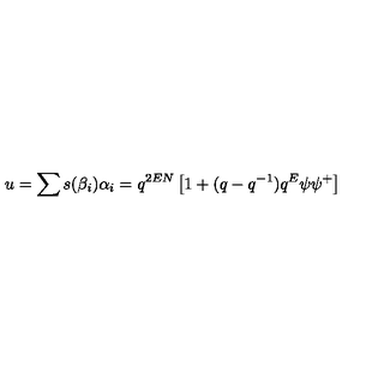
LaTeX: u = \sum s ( \beta _ { i } ) \alpha _ { i } = q ^ { 2 E N } \left[ 1 + ( q - q ^ { - 1 } ) q ^ { E } \psi \psi ^ { + } \right]